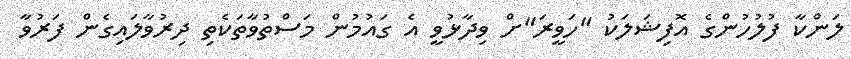
ލަންކާ ފުލުހުންގެ އޮފިޝަލަކު "ހަވީރަ"ށް ވިދާޅުވީ އެ ގައުމުން މަސްތުވާތަކެތި ދިރުވާލައިގެން ފަރުވާ